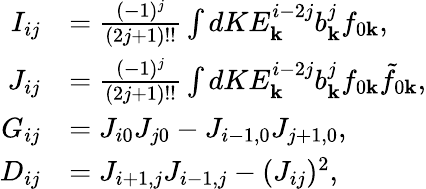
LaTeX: \begin{array}{rl}{I_{ij}}&{=\frac{(-1)^{j}}{(2j+1)!!}\int dKE_{\mathbf{k}}^{i-2j}b_{\mathbf{k}}^{j}f_{0\mathbf{k}},}\\ {J_{ij}}&{=\frac{(-1)^{j}}{(2j+1)!!}\int dKE_{\mathbf{k}}^{i-2j}b_{\mathbf{k}}^{j}f_{0\mathbf{k}}\tilde{f}_{0\mathbf{k}},}\\ {G_{ij}}&{=J_{i0}J_{j0}-J_{i-1,0}J_{j+1,0},}\\ {D_{ij}}&{=J_{i+1,j}J_{i-1,j}-(J_{ij})^{2},}\end{array}